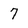
Character: 7